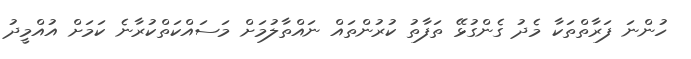
ހުންނަ ފަރާތްތަކާ މެދު ގެންގުޅޭ ތަފާތު ކުރުންތައް ނައްތާލުމަށް މަސައްކަތްކުރާނެ ކަމަށް އުއްމީދު